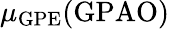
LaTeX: \mu_{\mathrm{GPE}}(\mathrm{GPAO})